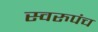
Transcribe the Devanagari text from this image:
स्वरुपंच